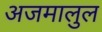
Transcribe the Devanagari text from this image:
अजमालुल